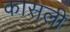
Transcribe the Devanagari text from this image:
कासली